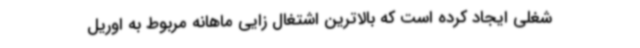
شغلی ایجاد کرده است که بالاترین اشتغال زایی ماهانه مربوط به اوریل